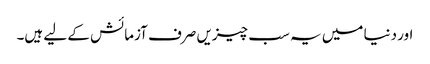
اور دنیا میں یہ سب چیزیں صرف آزمائش کے لیے ہیں۔